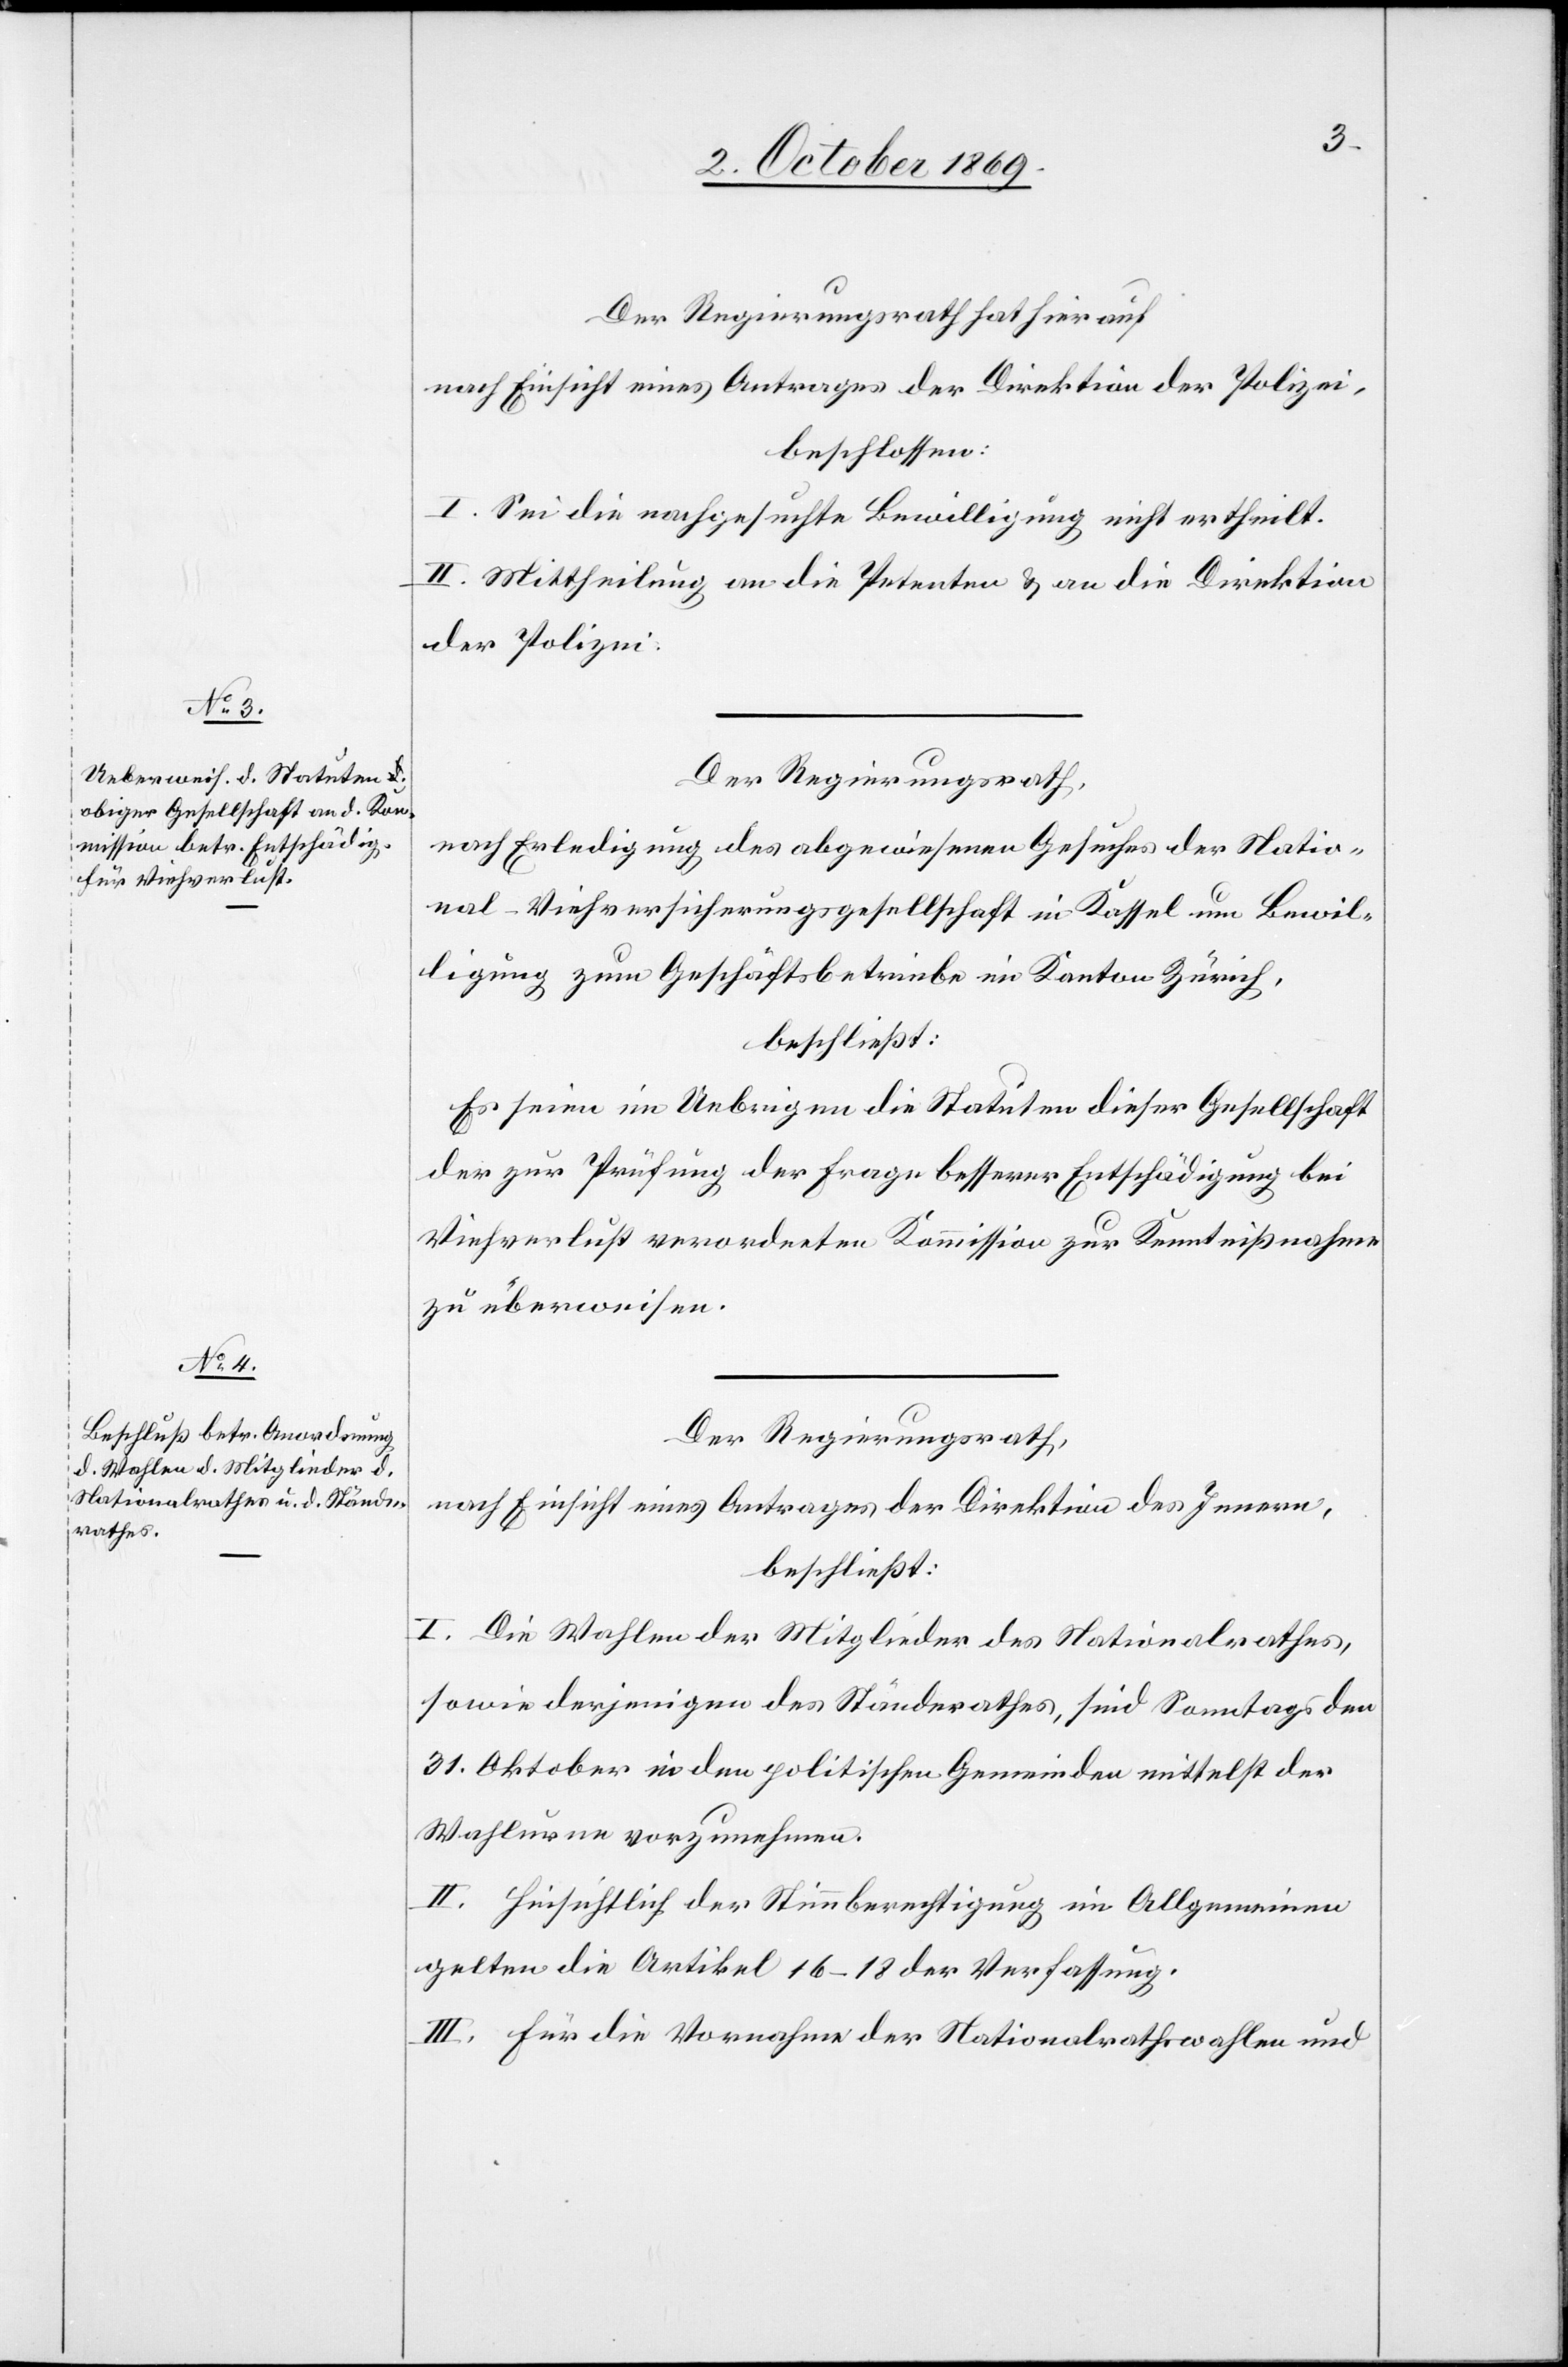
Der Regierungsrath hat hierauf
nach Einsicht eines Antrages der Direktion der Polizei,
beschlossen:
I. Sei die nachgesuchte Bewilligung nicht ertheilt.
II. Mittheilung an die Petenten & an die Direktion
der Polizei.
Der Regierungsrath,
nach Erledigung des abgewiesenen Gesuches der Natio¬
nal-Viehversicherungsgesellschaft in Kassel um Bewil¬
ligung zum Geschäftsbetriebe im Kanton Zürich,
beschließt:
Es seien im Uebrigen die Statuten dieser Gesellschaft
der zur Prüfung der Frage besserer Entschädigung bei
Viehverlust verordneten Kommission zur Kenntnißnahme
zu überweisen.
Der Regierungsrath,
nach Einsicht eines Antrages der Direktion des Innern,
beschließt:
I. Die Wahlen der Mitglieder des Nationalrathes,
sowie derjenigen des Ständerathes, sind Sonntags den
31. Oktober in den politischen Gemeinden mittelst der
Wahlurne vorzunehmen.
II. Hinsichtlich der Stimmberechtigung im Allgemeinen
gelten die Artikel 16–18 der Verfassung.
III. Für die Vornahme der Nationalrathswahlen und